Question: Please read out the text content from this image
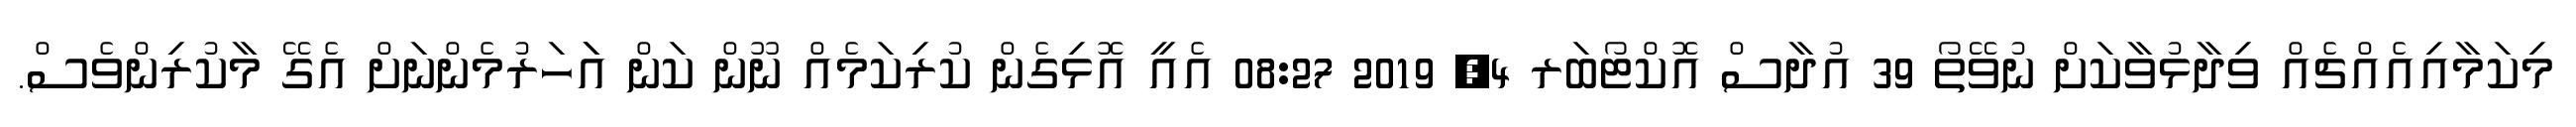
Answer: މިކަމާއިއެއްޗެއް ވިދާޅުވާކަށް ނުވޭތޯ 39 އުދާސް އޮކްޓޯބަރ 4, 2019 08:27 އެއީ އޮޅިގެން ކުރިކަމެއް ނޫން ކަން އަަހަރުމެންނަށް އެގޭ މާކުރިންވެސް.